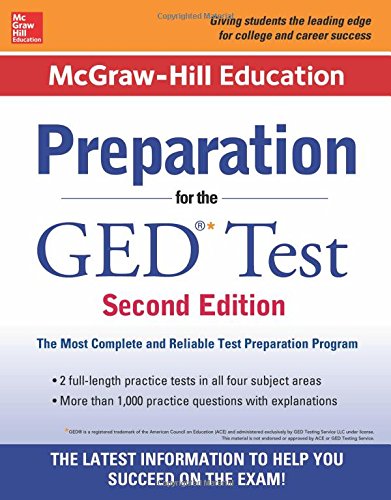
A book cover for McGraw-Hill Education Preparation for the GED Test 2nd Edition; McGraw-Hill Education Editors; Test Preparation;